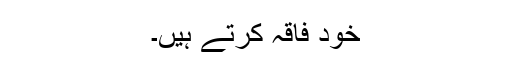
خود فاقہ کرتے ہیں۔